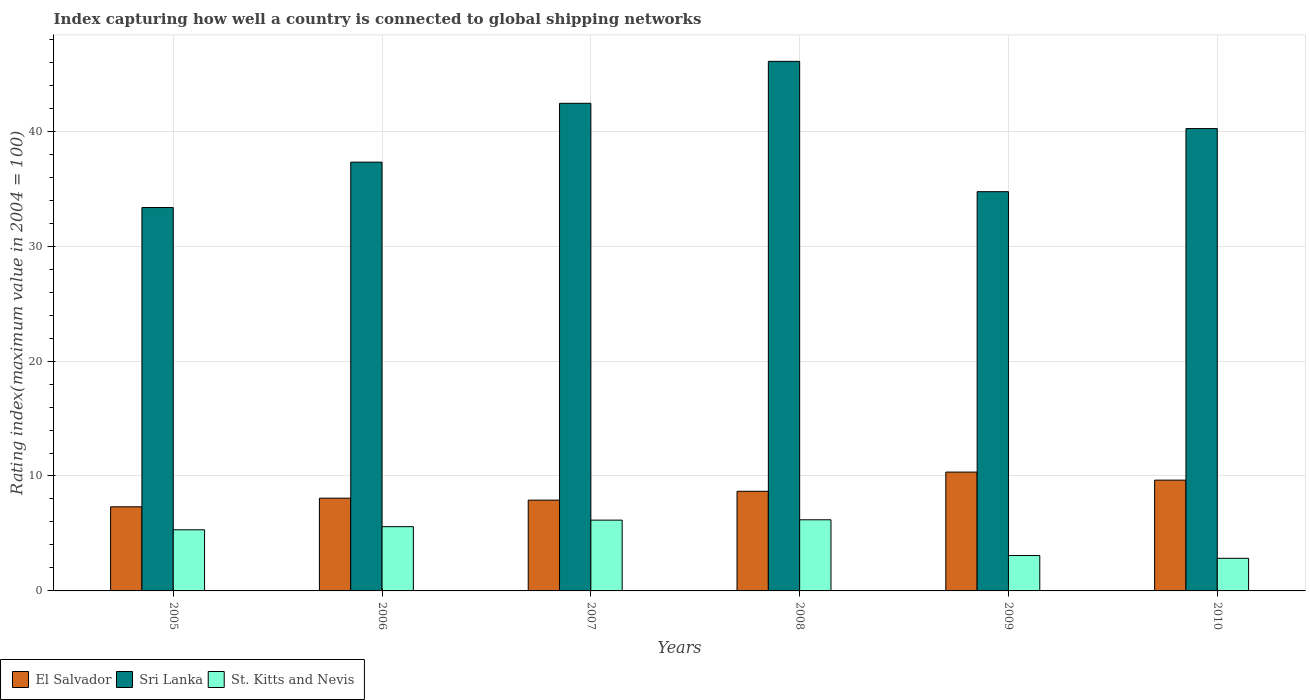
| Years | El Salvador | Sri Lanka | St. Kitts and Nevis |
 | --- | --- | --- | --- |
 | 2005 | 7.32 | 33.4 | 5.32 |
 | 2006 | 8.07 | 37.3 | 5.59 |
 | 2007 | 7.9 | 42.4 | 6.16 |
 | 2008 | 8.67 | 46.1 | 6.19 |
 | 2009 | 10.3 | 34.7 | 3.08 |
 | 2010 | 9.64 | 40.2 | 2.84 |